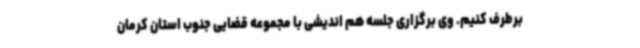
برطرف کنیم. وی برگزاری جلسه هم اندیشی با مجموعه قضایی جنوب استان کرمان